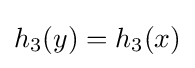
h_{3}(y)=h_{3}(x)